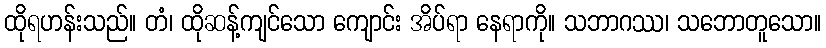
ထိုရဟန်းသည်။ တံ၊ ထိုဆန့်ကျင်သော ကျောင်း အိပ်ရာ နေရာကို။ သဘာဂဿ၊ သဘောတူသော။